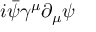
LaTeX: i { \bar { \psi } } \gamma ^ { \mu } \partial _ { \mu } \psi